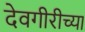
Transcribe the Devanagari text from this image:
देवगीरीच्या